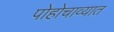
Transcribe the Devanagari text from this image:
पोहोचाव्यात